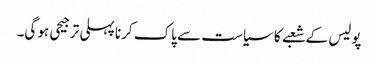
پولیس کے شعبے کا سیاست سے پاک کرنا پہلی ترجیحی ہو گی۔